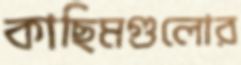
কাছিমগুলোর